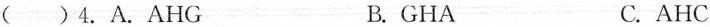
( )4.A. AHG B. GHA C. AHC